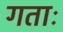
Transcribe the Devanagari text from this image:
गताः